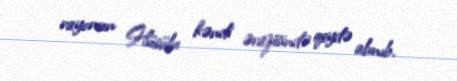
rayonun Hüsülu kəndi ərazisində qeydə alınıb.